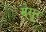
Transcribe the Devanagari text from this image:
मेसूर